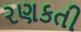
રણકતી